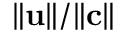
\| \mathbf { u } \| / \| \mathbf { c } \|